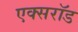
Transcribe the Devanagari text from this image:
एक्सरॉड